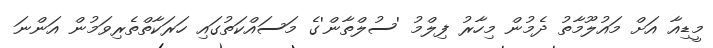
މީޑިއާ އަށް މައުލޫމާތު ދެމުން މިހާރު ފިލްމު 'ސުލްތާން'ގެ މަސައްކަތުގައި ހަރަކާތްތެރިވަމުން އަންނަ